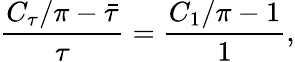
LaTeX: \frac{C_{\tau}/\pi-\bar{\tau}}{\tau}=\frac{C_{1}/\pi-1}{1},